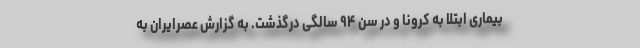
بیماری ابتلا به کرونا و در سن ۹۴ سالگی درگذشت. به گزارش عصرایران به